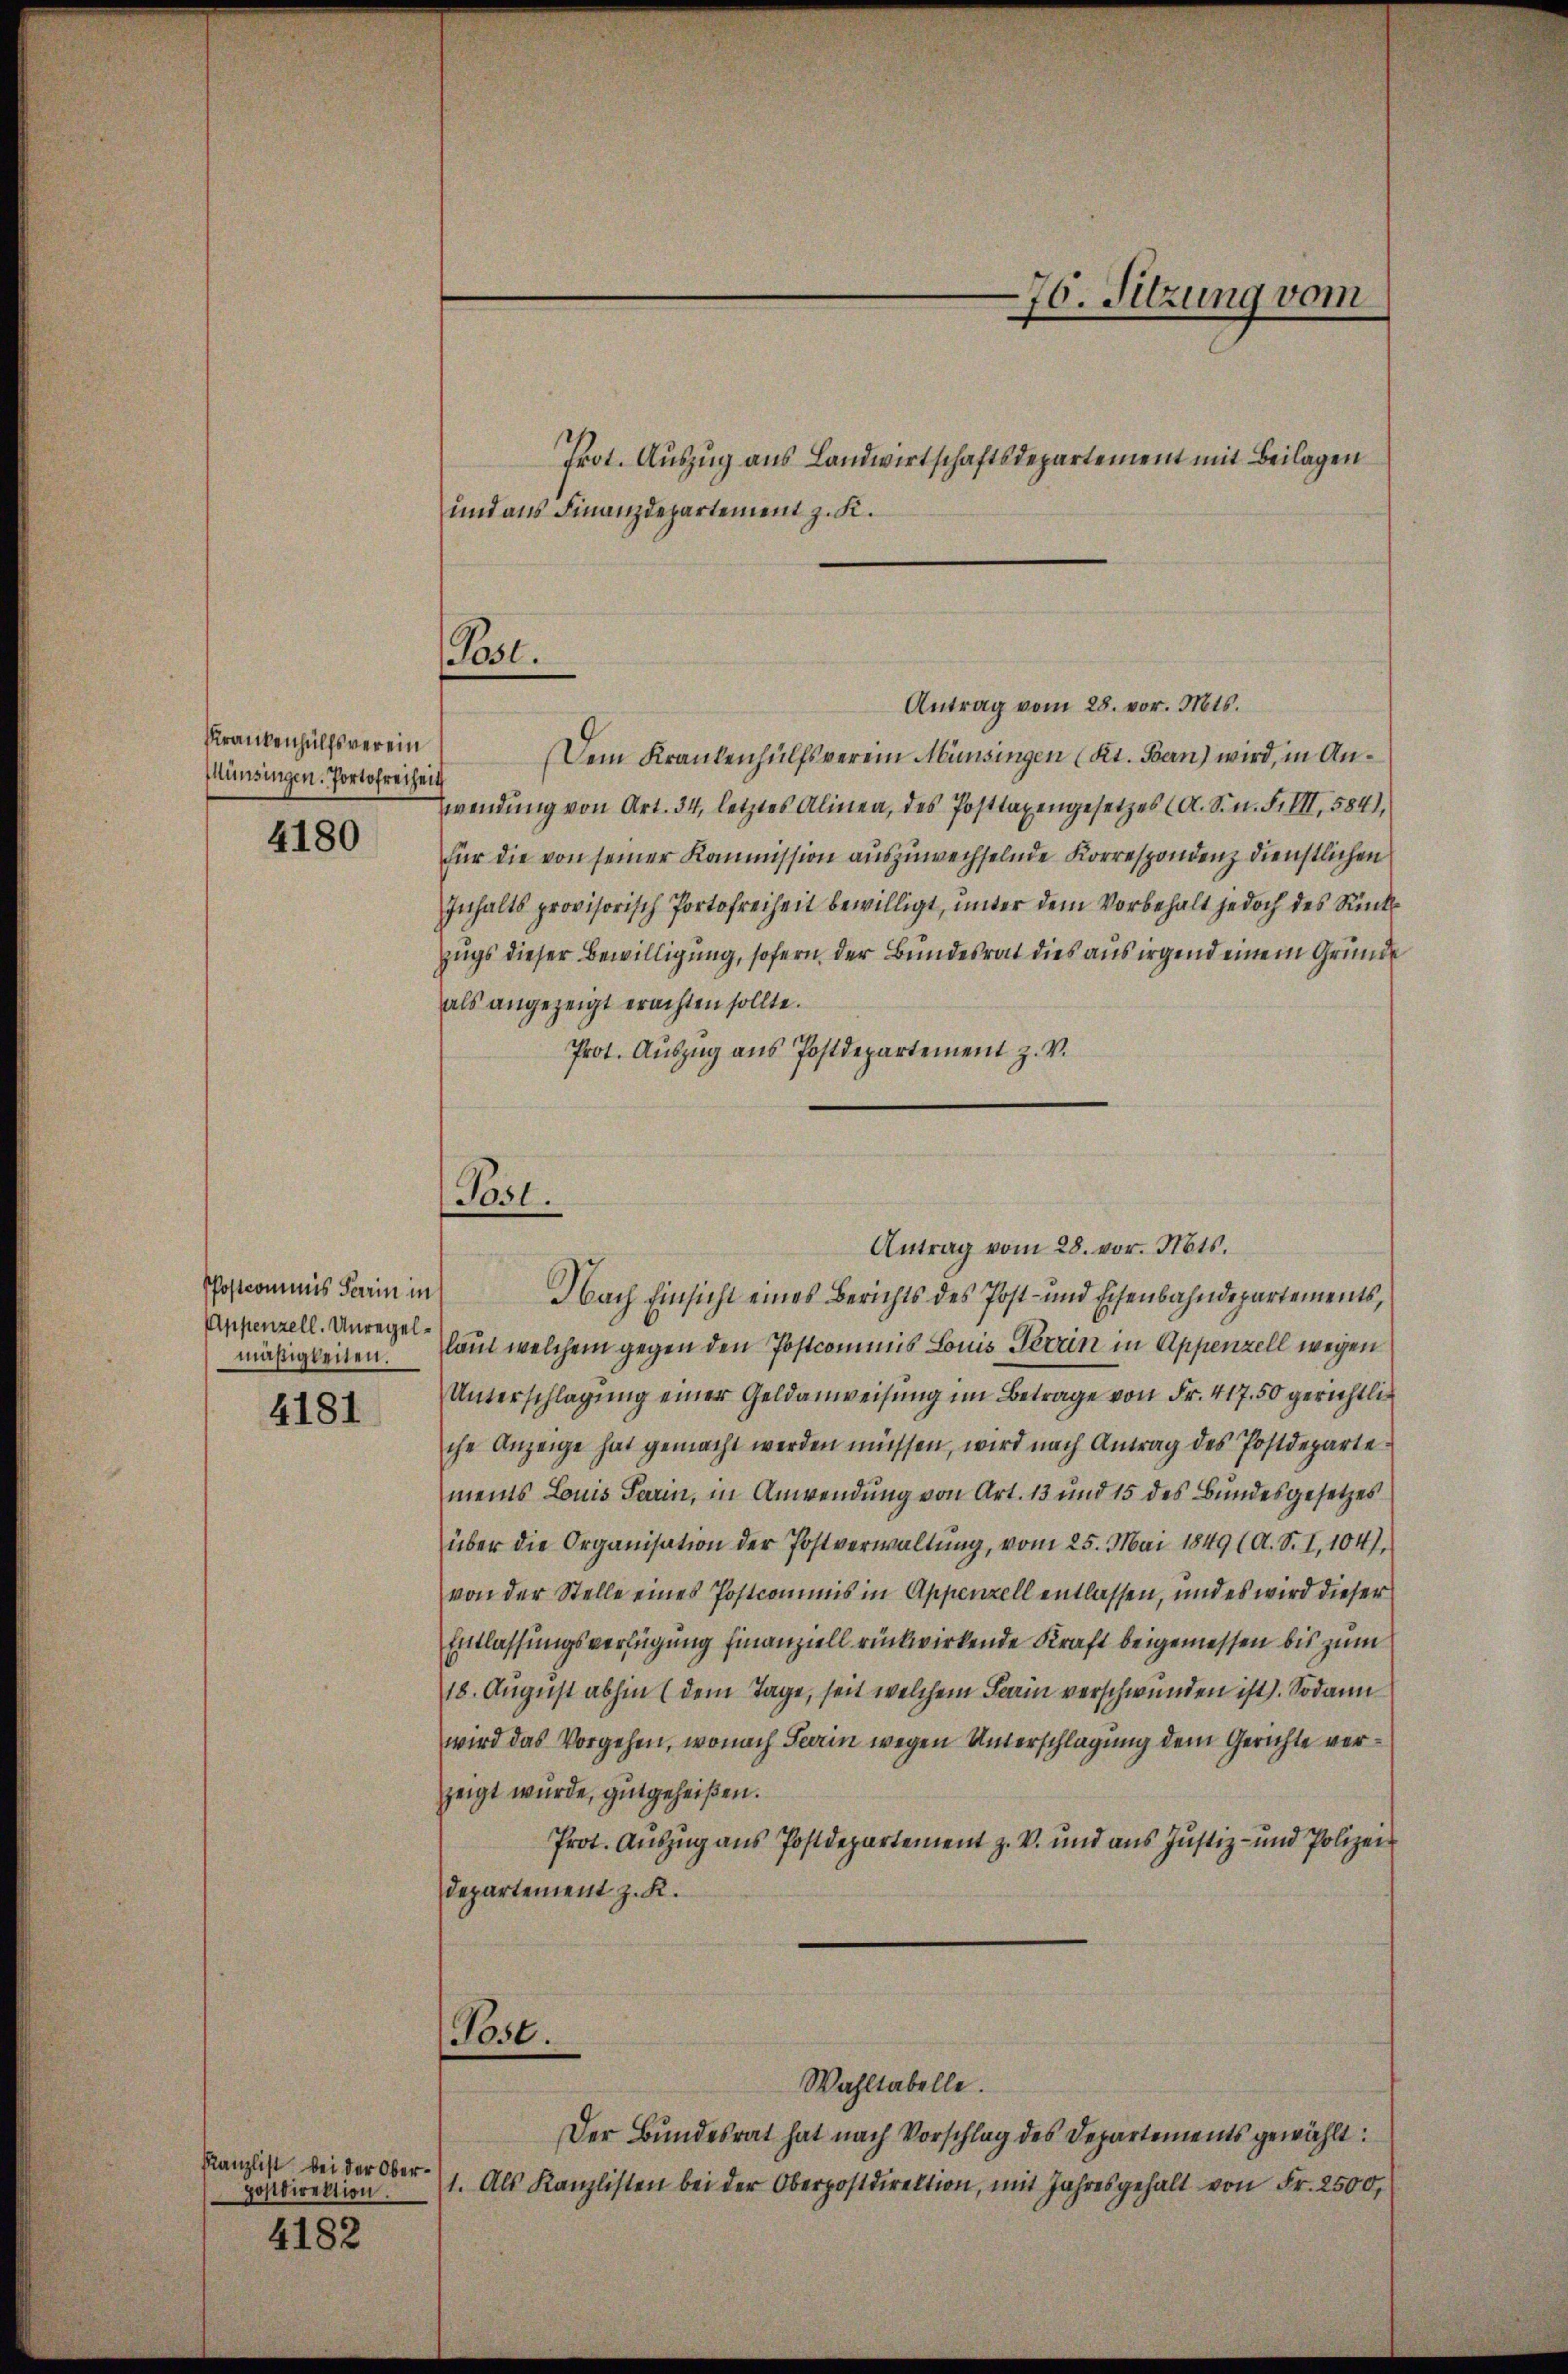
Krankenhülfsverein
Münsingen. Portofreiheit

4180

PPostkommis darin in
Appenzell. Unregelmäßigkeiten.

4181

Kanzlist bei der Oberpostdirektion.

4182

Prot. Auszug aus Landwirtschaftsdepartement mit Beilagen
und aus Finanzdepartement z. K.

Antrag vom 28. vor. Mts.
Dem Krankenhülfsverein Münsingen (Kt. Bern) wird, in Anwendung von Art. 34, letztes Alinea, des Posttagengesetzes (A. S. n. F. III, 584)
für die von seiner Kommission auszuwechselnde Korrespondenz dienstlichen
Inhalts provisorisch Portofreiheit bewilligt, unter dem Vorbehalt jedoch des Rücks
zugs dieser Bewilligung, sofern der Bundesrat dies aus irgend einem Grunde
als angezeigt erachten sollte.
Prot. Auszug aus Postdepartement z. v.

Post.

Antrag vom 28. vor. Mts.
Nach Einsicht eines Berichts des Post- und Eisenbahndepartements,
laut welchem gegen den Postcommis Louis Terrin in Appenzell wegen
Unterschlagung einer Geldanweisung im Betrage von Fr. 417. 50 gerichtlic
che Anzeige hat gemacht werden müssen, wird nach Antrag des Postdeparte
ments Louis Farin, in Anwendung von Art. 13 und 15 des Bundesgesetzes
über die Organisation der Postverwaltung, vom 25. Mai 1849 (A. S. I,104),
von der Stelle eines Postcommis in Appenzell entlassen, und es wird dieser
Entlassungsverfügung finanziell rückwirkende Kraft beigemessen bis zum
18. August abhin (dem Tage, seit welchem Flain verschwunden ist). Sodann
wird das Vorgehen, wonach Sarin wegen Unterschlagung dem Gerichte verzeigt wurde, gutgeheißen.
Prot. Auszug aus Postdepartement z. V. und aus Justiz- und Polizei
departement z. K.
Post.

Post.

Wahltabelle.
Der Bundesrat hat nach Vorschlag des Departements gewählt:
1. Als Kanzlisten bei der Oberpostdirektion, mit Jahresgehalt von Fr. 2500,

76. Sitzung vom